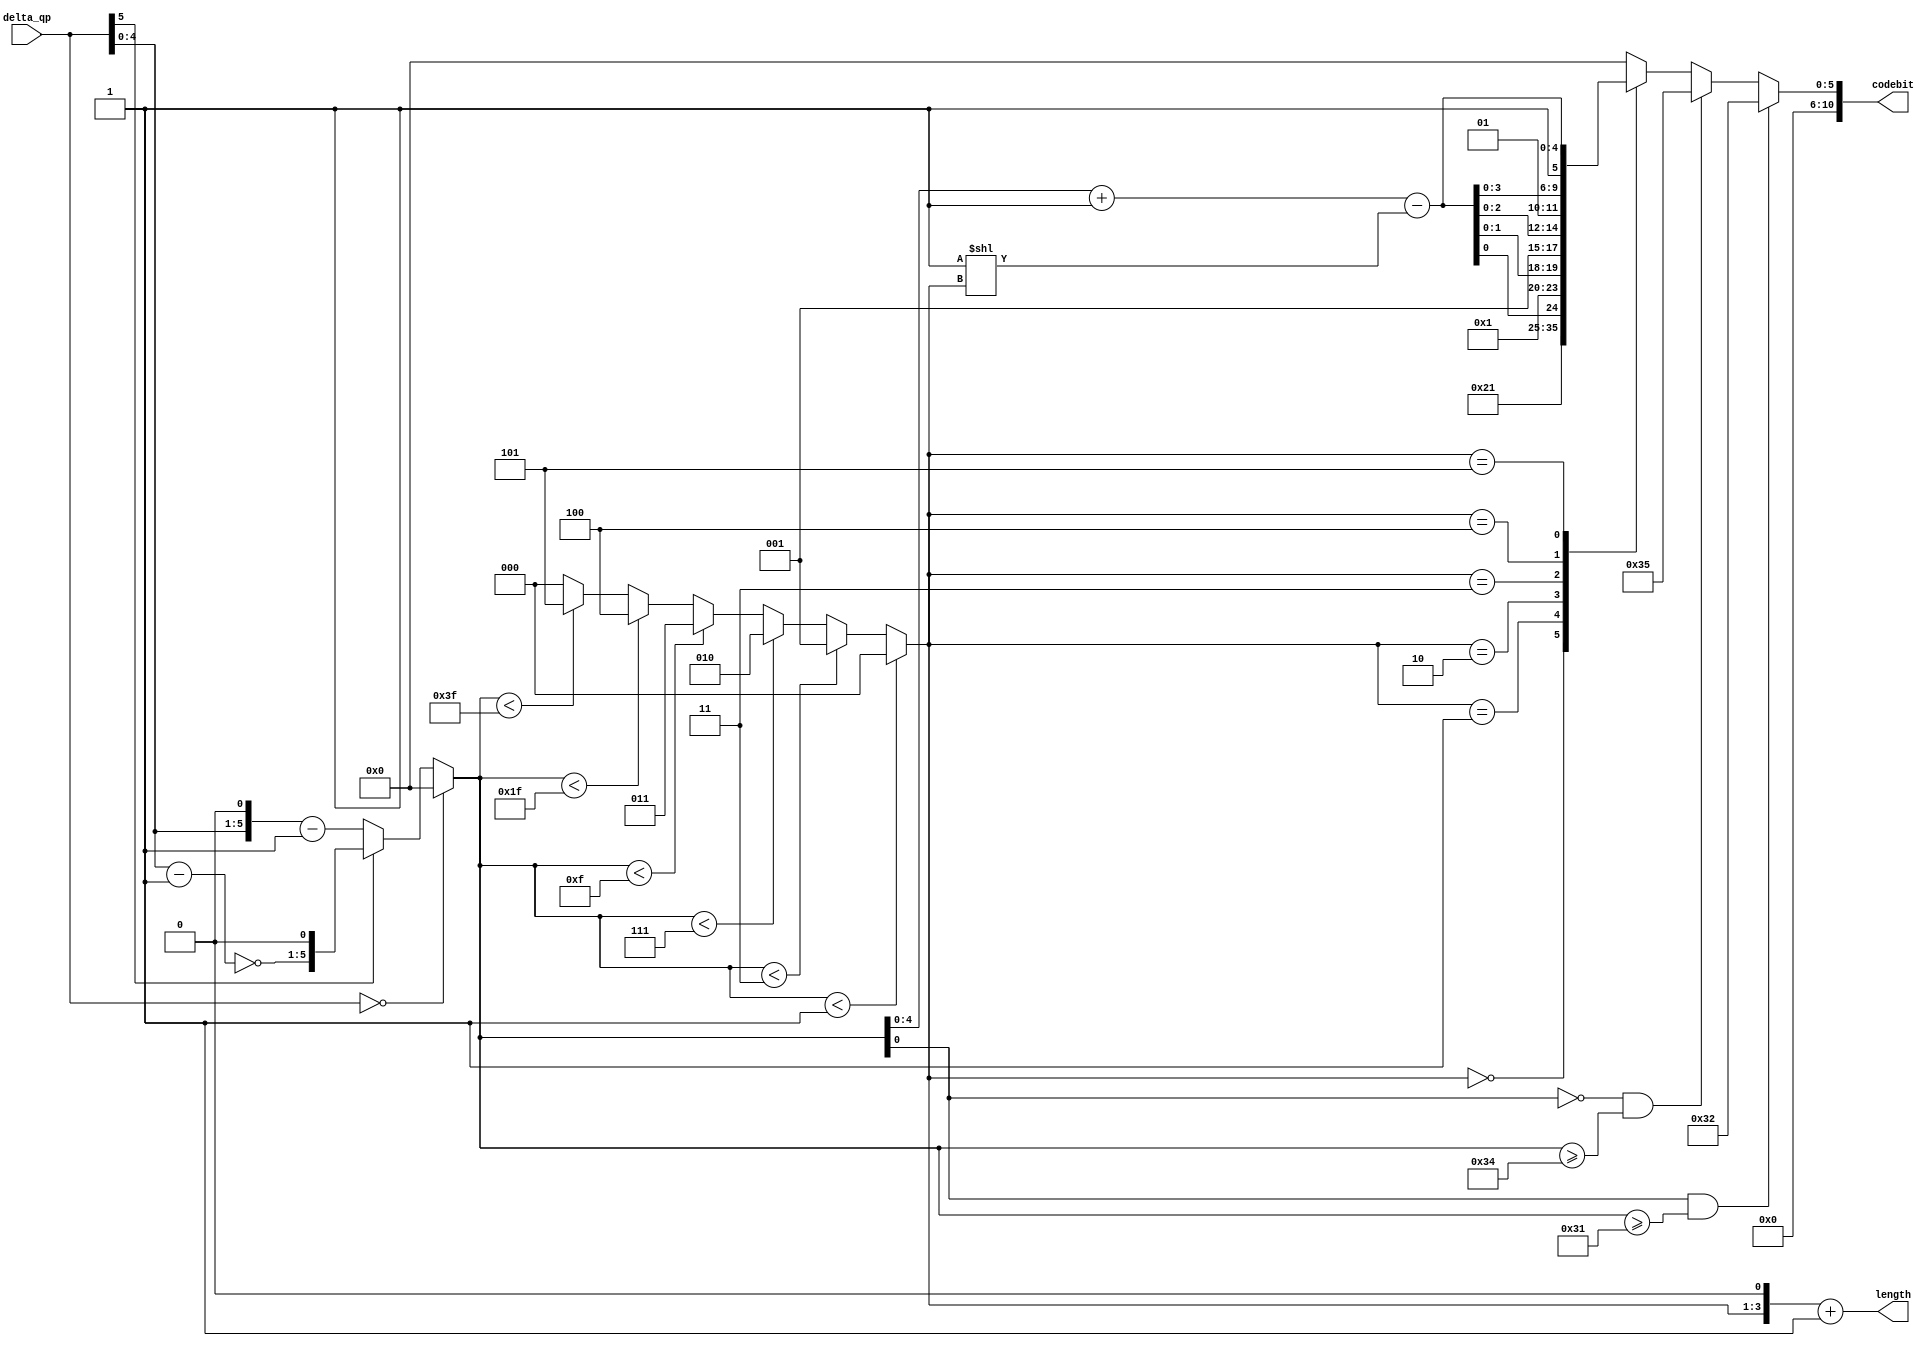
module Delta_qp_enc	(
				delta_qp,
				codebit,
				length
);

input signed   [5:0]   delta_qp;
output reg  [10:0]   codebit;
output      [3:0]   length;   
wire	    [2:0]   LeadingZeroNum;
wire        [4:0]   suffix;
reg         [5:0]   codenum;
//assign codenum = (~delta_qp[5]) ? ((delta_qp[4:0] << 1)-1'd1) : ((~(delta_qp[4:0]-1'd1))<<1);
always@* begin
	if (delta_qp == 'd0) codenum ='d0;
	else if (~delta_qp[5]) codenum = (delta_qp[4:0] <<1) -1'd1;
	else codenum = (~(delta_qp[4:0] - 1'd1))<<1;
end

assign LeadingZeroNum = (codenum < 'd1) ? 'd0 : (
				  (codenum < 'd3) ? 'd1 : (
			 	  (codenum < 'd7) ? 'd2 : (
				  (codenum < 'd15)? 'd3 : (
				  (codenum < 'd31)? 'd4 : (
				  (codenum < 'd63)? 'd5 :'d0
)))));

assign length =(LeadingZeroNum << 1) +1;
assign suffix = codenum + 1'd1 - (1<<LeadingZeroNum);

always @(*)begin
	if  (codenum[0]==1'b1 && codenum >='d49)
		codebit = {6'b000001, 5'b10010};
	else if (codenum[0]==1'b0 && codenum >='d52)
		codebit = {6'b000001, 5'b10101};
	else begin
	case(LeadingZeroNum)
    6'd0:  codebit = {10'd0, 1'b1};
    6'd1:  codebit = {8'd0, {2'b01, suffix[0]}} ;
    6'd2:  codebit = {6'd0, {3'b001, suffix[1:0]}} ;
    6'd3:  codebit = {4'd0, {4'b0001, suffix[2:0]}} ;
    6'd4:  codebit = {2'd0, {5'b00001, suffix[3:0]}};
    6'd5:  codebit = {6'b000001, suffix[4:0]} ;
    default: codebit = 11'd0 ;
	endcase
	end
end
endmodule